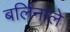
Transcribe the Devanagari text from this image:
बर्लिनाले